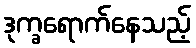
ဒုက္ခရောက်နေသည့်